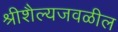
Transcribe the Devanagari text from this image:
श्रीशैल्यजवळील